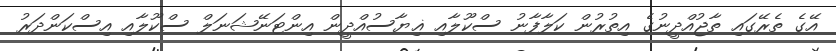
އޭގެ ތެރޭގައި ތާޖުއްދީނުގެ އިތުރުން ކަލާފާނު ސްކޫލާއި ޣިޔާސުއްދީން އިންޓަނޭޝަނަލް ސްކޫލާއި އިސްކަންދަރު